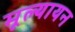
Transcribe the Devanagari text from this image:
मूल्यायन